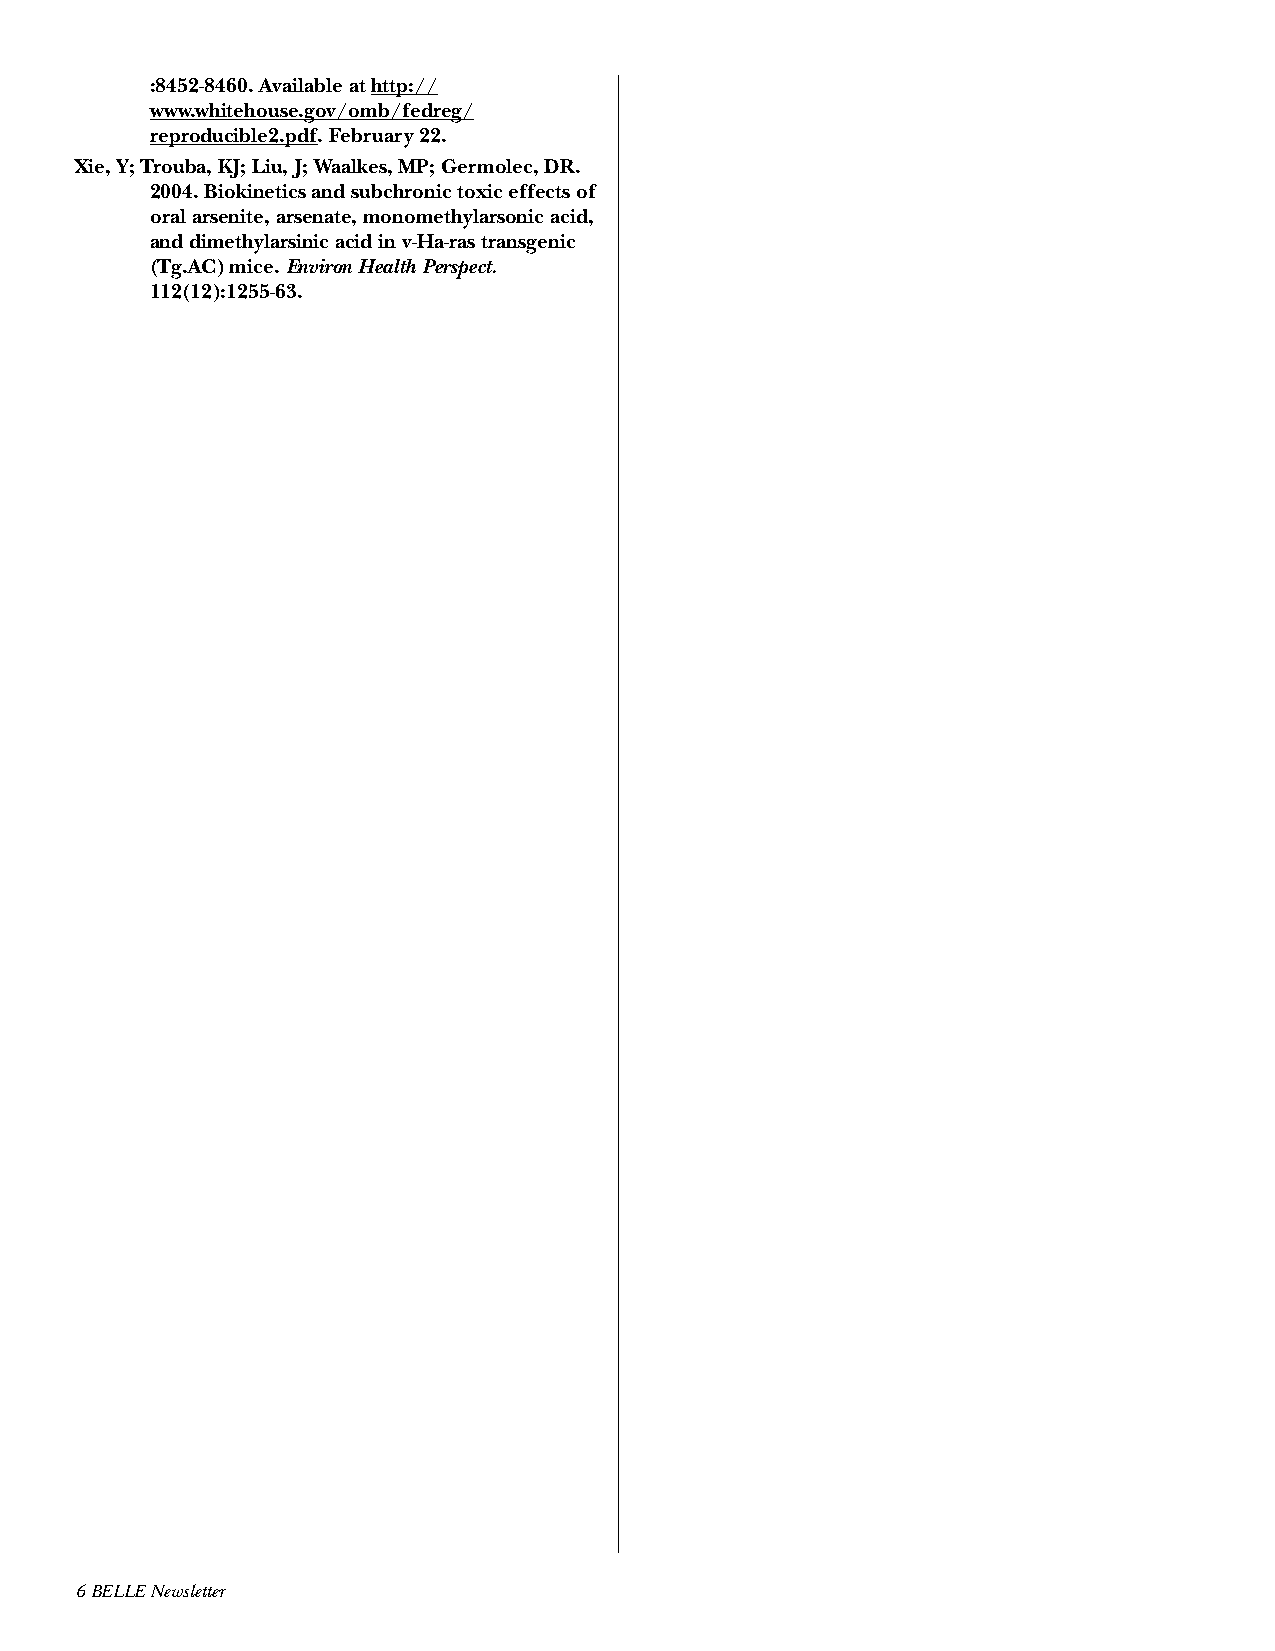
:8452-8460. Available at http://
 www.whitehouse.gov/omb/fedreg/
 reproducible2.pdf. February 22.
 Xie, Y; Trouba, KJ; Liu, J; Waalkes, MP; Germolec, DR.
 2004. Biokinetics and subchronic toxic effects of
 oral arsenite, arsenate, monomethylarsonic acid,
 and dimethylarsinic acid in v-Ha-ras transgenic
 (Tg.AC) mice. Environ Health Perspect.
 112(12):1255-63.
 6 BELLE Newsletter